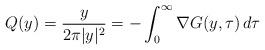
LaTeX: \begin{align*}Q(y)=\frac{y}{2\pi |y|^2}=-\int_0^\infty \nabla G(y,\tau)\, d\tau\end{align*}